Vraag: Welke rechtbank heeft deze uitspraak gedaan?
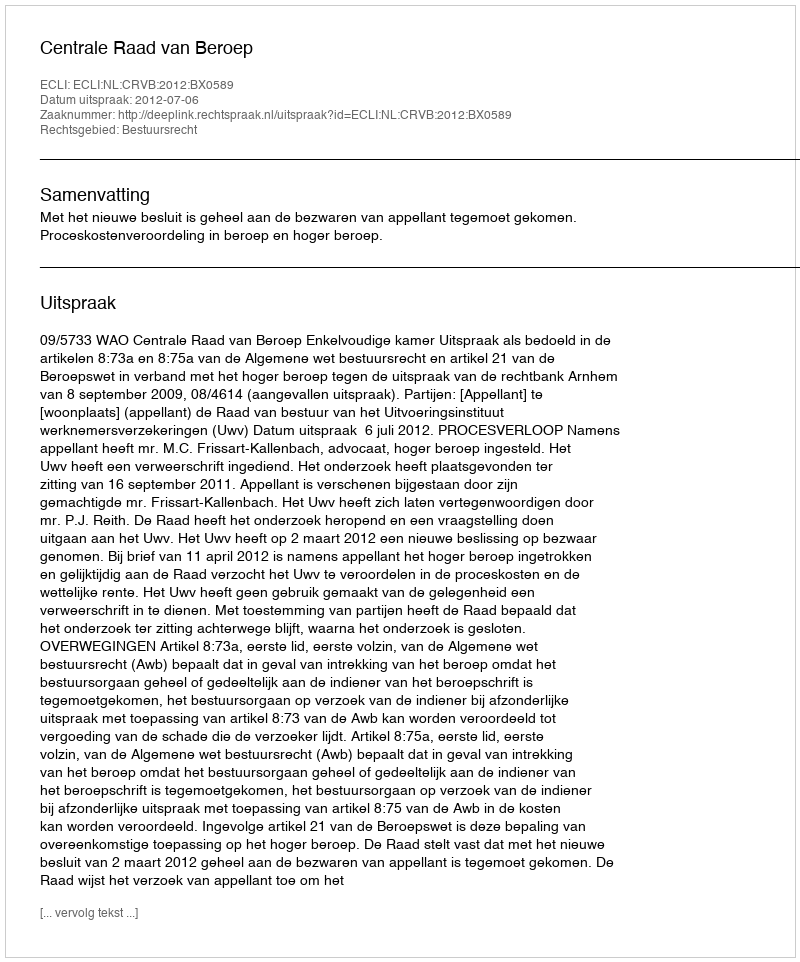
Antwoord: Centrale Raad van Beroep